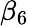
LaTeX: \beta_{6}